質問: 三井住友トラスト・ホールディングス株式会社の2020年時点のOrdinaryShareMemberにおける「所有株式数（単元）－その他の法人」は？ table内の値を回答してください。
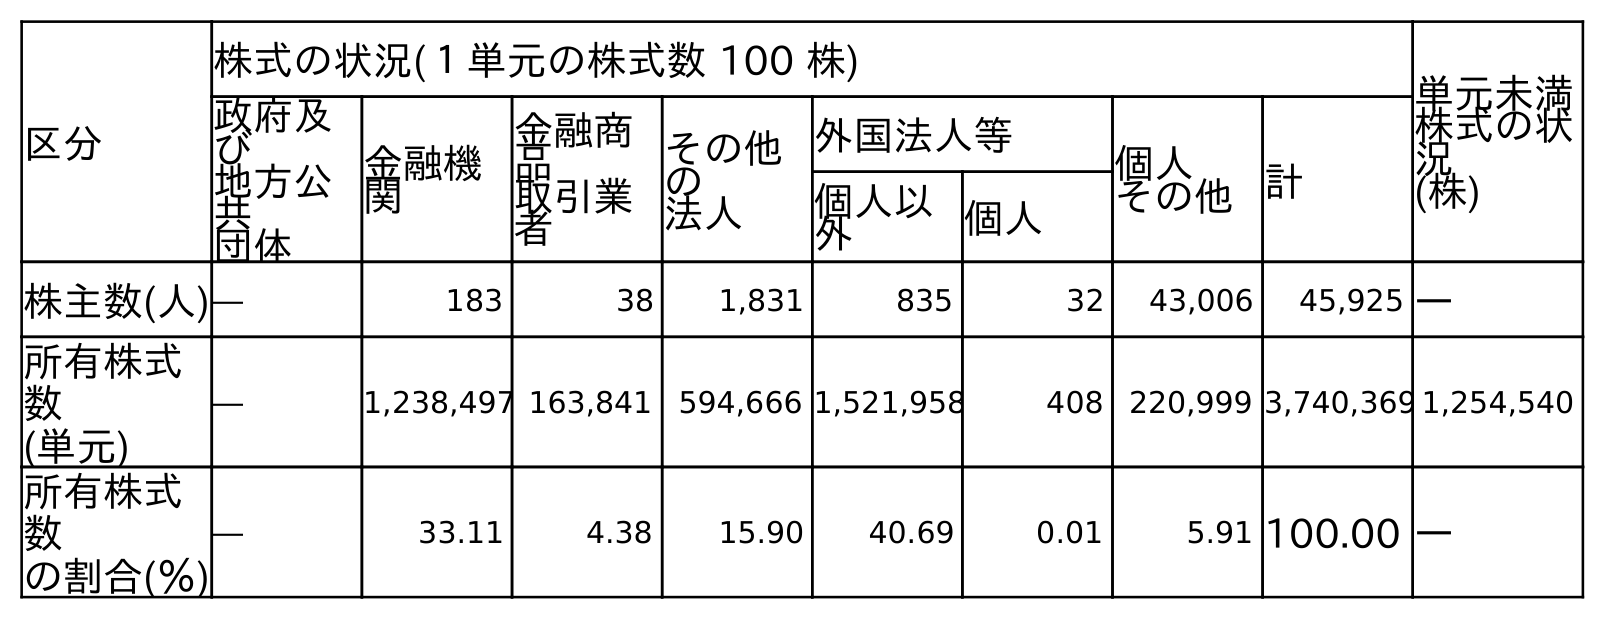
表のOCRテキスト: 区分 株式の状況(１単元の株式数 100 株) 単元未満 株式の状 況 (株) 政府及 び 地方公 共 団体 金融機 関 金融商 品 取引業 者 その他 の 法人 外国法人等 個人 その他計 個人以 外 個人 株主数(人)― 183 38 1,831 835 32 43,006 45,925 ― 所有株式 数 (単元) ― 1,238,497 163,841 594,666 1,521,958 408 220,999 3,740,369 1,254,540 所有株式 数 の割合(％) ― 33.11 4.38 15.90 40.69 0.01 5.91 100.00 ―
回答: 594,666